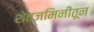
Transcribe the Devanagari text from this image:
शेतजमिनीतून